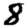
Digit: 8